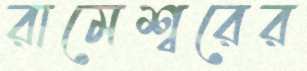
রামেশ্বরের